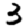
Digit: 3